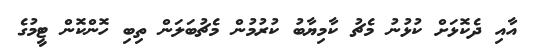
އާއި ދެކޮޅަށް ކުޅުނު މެޗު ކާމިޔާބު ކުރުމުން މެޗުބަލަން ތިބި ހޮންކޮން ޓީމުގެ